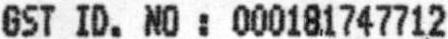
GST ID. NO : 000181747712